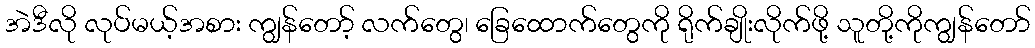
အဲဒီလို လုပ်မယ့်အစား ကျွန်တော့် လက်တွေ၊ ခြေထောက်တွေကို ရိုက်ချိုးလိုက်ဖို့ သူတို့ကိုကျွန်တော်